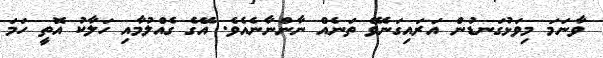
ވާނަމަ މިވަޅުގަނޑުން އަރައިގަނެވޭ ތަނެއް ނާންނާނެއެވެ. އޭގެ ގެއްލުމާއި ހަލާކު އޮތީ ހަމަ